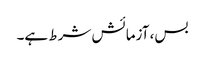
بس، آزمائش شرط ہے۔